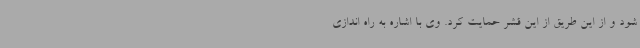
شود و از این طریق از این قشر حمایت کرد. وی با اشاره به راه اندازی